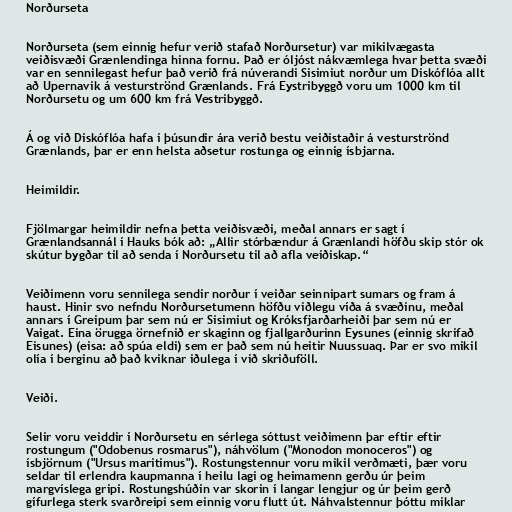
Norðurseta

Norðurseta (sem einnig hefur verið stafað Norðursetur) var mikilvægasta
veiðisvæði Grænlendinga hinna fornu. Það er óljóst nákvæmlega hvar þetta svæði
var en sennilegast hefur það verið frá núverandi Sisimiut norður um Diskóflóa allt
að Upernavik á vesturströnd Grænlands. Frá Eystribyggð voru um 1000 km til
Norðursetu og um 600 km frá Vestribyggð.

Á og við Diskóflóa hafa í þúsundir ára verið bestu veiðistaðir á vesturströnd
Grænlands, þar er enn helsta aðsetur rostunga og einnig ísbjarna.

Heimildir.

Fjölmargar heimildir nefna þetta veiðisvæði, meðal annars er sagt í
Grænlandsannál í Hauks bók að: „Allir stórbændur á Grænlandi höfðu skip stór ok
skútur bygðar til að senda í Norðursetu til að afla veiðiskap.“

Veiðimenn voru sennilega sendir norður í veiðar seinnipart sumars og fram á
haust. Hinir svo nefndu Norðursetumenn höfðu viðlegu víða á svæðinu, meðal
annars í Greipum þar sem nú er Sisimiut og Króksfjarðarheiði þar sem nú er
Vaigat. Eina örugga örnefnið er skaginn og fjallgarðurinn Eysunes (einnig skrifað
Eisunes) (eisa: að spúa eldi) sem er það sem nú heitir Nuussuaq. Þar er svo mikil
olía í berginu að það kviknar iðulega í við skriðuföll.

Veiði.

Selir voru veiddir í Norðursetu en sérlega sóttust veiðimenn þar eftir eftir
rostungum ("Odobenus rosmarus"), náhvölum ("Monodon monoceros") og
ísbjörnum ("Ursus maritimus"). Rostungstennur voru mikil verðmæti, þær voru
seldar til erlendra kaupmanna í heilu lagi og heimamenn gerðu úr þeim
margvíslega gripi. Rostungshúðin var skorin í langar lengjur og úr þeim gerð
gífurlega sterk svarðreipi sem einnig voru flutt út. Náhvalstennur þóttu miklar